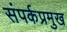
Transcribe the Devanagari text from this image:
संपर्कप्रमुख